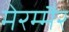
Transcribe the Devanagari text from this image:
मेरम्मैर